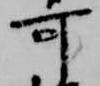
可